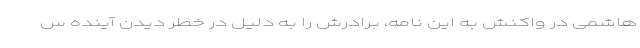
هاشمی در واکنش به این نامه، برادرش را به دلیل در خطر دیدن آینده س